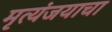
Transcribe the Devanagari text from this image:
मृत्यंजयाचा